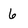
Character: 6